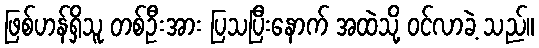
ဖြစ်ဟန်ရှိသူ တစ်ဦးအား ပြသပြီးနောက် အထဲသို့ ဝင်လာခဲ့ သည်။